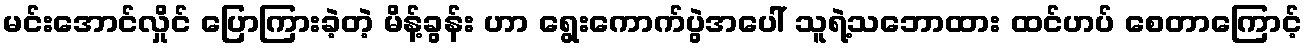
မင်းအောင်လှိုင် ပြောကြားခဲ့တဲ့ မိန့်ခွန်း ဟာ ရွေးကောက်ပွဲအပေါ် သူရဲ့သဘောထား ထင်ဟပ် စေတာကြောင့်